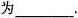
为___.